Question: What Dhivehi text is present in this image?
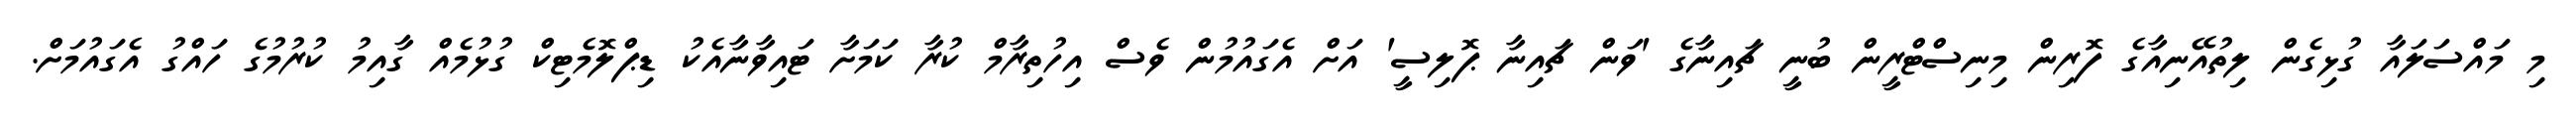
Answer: މި މައްސަލައާ ގުޅިގެން ލިތުއޭނިއާގެ ފޮރިން މިނިސްޓްރީން ބުނީ ޗައިނާގެ 'ވަން ޗައިނާ ޕޮލިސީ' އަށް އެގައުމުން ވެސް އިހުތިރާމް ކުރާ ކަމަށާ ޓައިވާނާއެކު ޑިޕްލޮމެޓިކް ގުޅުމެއް ގާއިމު ކުރުމުގެ ހައްގު އެގައުމަށް.